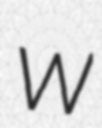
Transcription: W